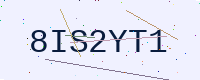
Text: 8IS2YT1